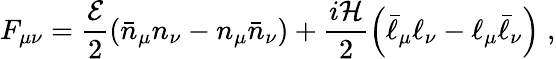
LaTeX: F_{\mu\nu}=\frac{{\cal E}}{2}\left(\bar{n}_{\mu}n_{\nu}-n_{\mu}\bar{n}_{\nu}\right)+\frac{i{\cal H}}{2}\left(\bar{\ell}_{\mu}\ell_{\nu}-\ell_{\mu}\bar{\ell}_{\nu}\right)\; ,